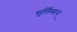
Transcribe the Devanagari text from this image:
मूर्तिमान्‌